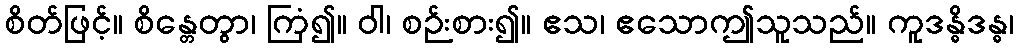
စိတ်ဖြင့်။ စိန္တေတွာ၊ ကြံ၍။ ဝါ၊ စဉ်းစား၍။ ဧသ၊ ဧသောဤသူသည်။ ကူဒန္ဓိဒန္ဓ၊